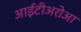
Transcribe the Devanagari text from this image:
आईटीअरोआ